Leaving Certificate Examination (including Day School Certificate (Higher) General paper), 1938
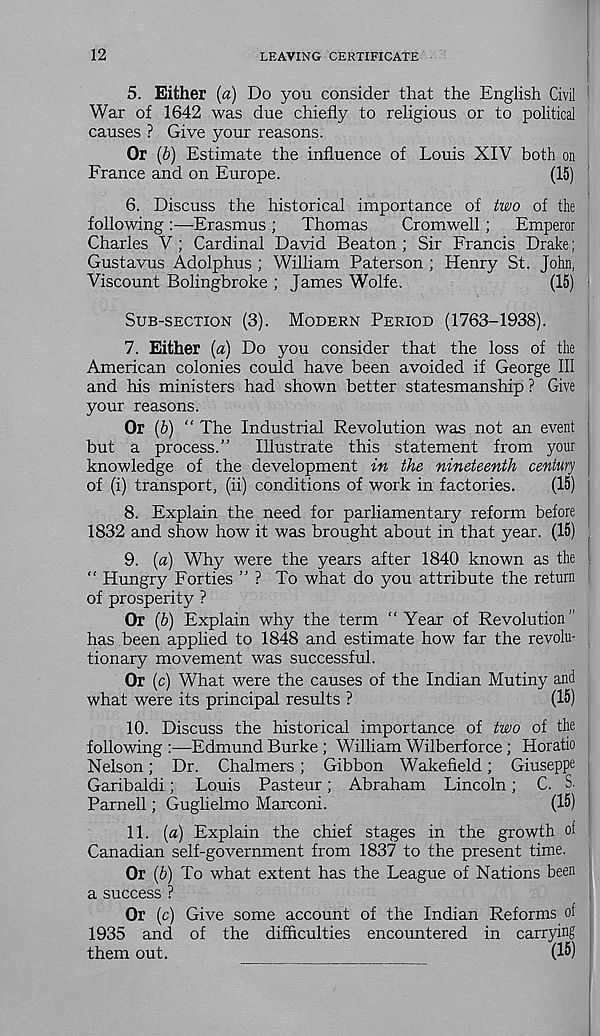
12
LEAVING CERTIFICATE
5. Either (a) Do you consider that the English Civil
War of 1642 was due chiefly to religious or to political
causes ? Give your reasons.
Or (b) Estimate the influence of Louis XIV both on
France and on Europe.
(15)
6. Discuss the historical importance of two of the
following —Erasmus ; Thomas
Cromwell; Emperor
Charles V; Cardinal David Beaton; Sir Francis Drake;
Gustavus Adolphus ; William Paterson ; Henry St. John,
Viscount Bolingbroke ; James Wolfe.
(15)
SUB-SECTION (3). MODERN PERIOD (1763-1938).
7. Either {a) Do you consider that the loss of the
American colonies could have been avoided if George III
and his ministers had shown better statesmanship ? Give
your reasons.
Or (6) “ The Industrial Revolution was not an event
but a process.” Illustrate this statement from your
knowledge of the development in the nineteenth century
of (i) transport, (ii) conditions of work in factories.
(15)
8. Explain the need for parliamentary reform before
1832 and show how it was brought about in that year. (15)
9. {a) Why were the years after 1840 known as the
“ Hungry Forties ” ? To what do you attribute the return
of prosperity ?
Or (b) Explain why the term “Year of Revolution”
has been applied to 1848 and estimate how far the revolu-
tionary movement was successful.
Or (c) What were the causes of the Indian Mutiny and
what were its principal results ?
(15)
10. Discuss the historical importance of two of the
following
Edmund Burke ; William Wilberforce ; Horatio
Nelson; Dr. Chalmers; Gibbon Wakefield; Giuseppe
Garibaldi; Louis Pasteur; Abraham Lincoln; C. S.
Parnell; Guglielmo Marconi.
(15)
11. (a) Explain the chief stages in the growth of
Canadian self-government from 1837 to the present time.
Or (6) To what extent has the League of Nations been
a success ?
Or (c) Give some account of the Indian Reforms of
1935 and of the difficulties encountered in carrying
them out.
(15)